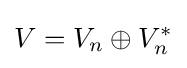
V=V_{n}\oplus V_{n}^{*}